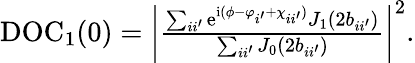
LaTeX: \begin{array}{r}{\mathrm{DOC}_{1}(0)=\left|\frac{\sum_{ii^{\prime}}\mathrm{e}^{\mathrm{i}(\phi-\varphi_{i^{\prime}}+\chi_{ii^{\prime}})}J_{1}(2b_{ii^{\prime}})}{\sum_{ii^{\prime}}J_{0}(2b_{ii^{\prime}})}\right|^{2}.}\end{array}